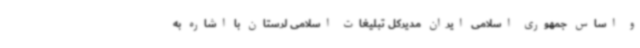
و اساس جمهوری اسلامی ایران مدیرکل تبلیغات اسلامی لرستان با اشاره به